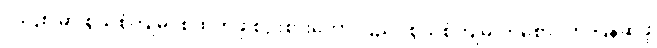
၁၉၄၈ မှာ စွယ်စုံကျမ်း စထုတ်ဖို့ စဉ်းစားတော့ ပြည်ပစွယ်စုံကျမ်းတစောင်ကို ပြန်ဆိုဖို့